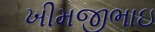
ખીમજીભાઇ